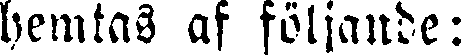
hemtas af följande: